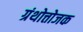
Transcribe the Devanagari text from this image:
ग्रंथोत्तोजक